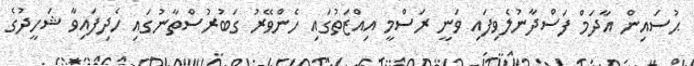
ޙުސައިން އާދަމް ފަސްދާނުލެވިފައި ވަނީ ރަސްމީ އިއްޒަތުގައި ހެންވޭރު ގަބުރުސްތާނުގައި ހެދިފައިވާ ޝަހީދުގެ